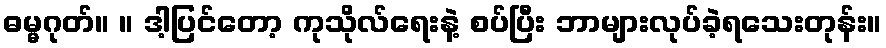
ဓမ္မဂုတ်။ ။ ဒါ့ပြင်တော့ ကုသိုလ်ရေးနဲ့ စပ်ပြီး ဘာများလုပ်ခဲ့ရသေးတုန်း။